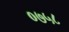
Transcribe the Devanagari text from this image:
०७५८